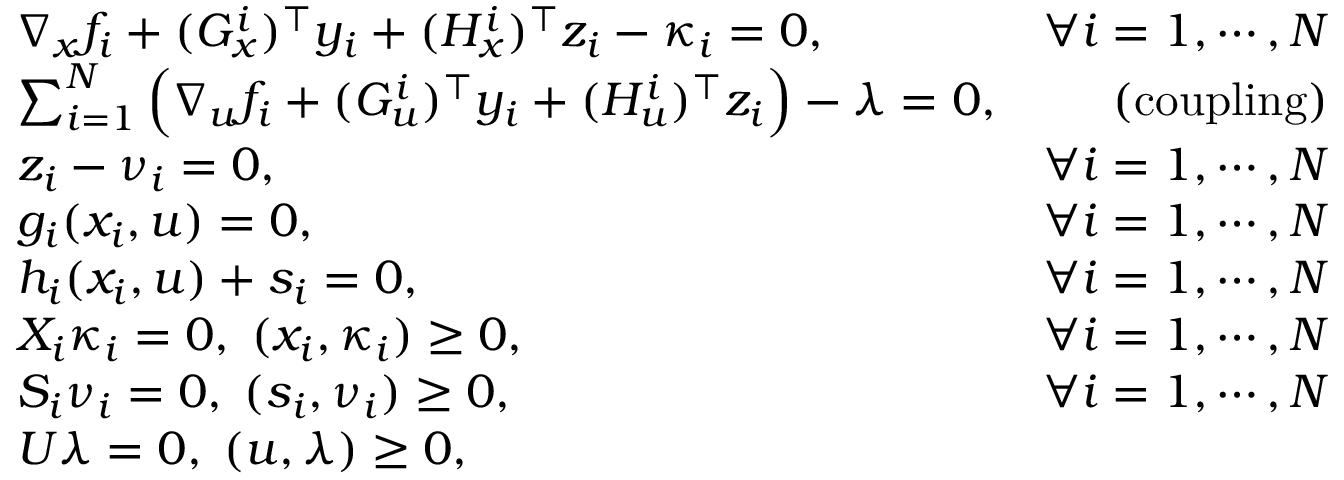
\begin{array} { r l r } & { \nabla _ { x } f _ { i } + ( G _ { x } ^ { i } ) ^ { \top } y _ { i } + ( H _ { x } ^ { i } ) ^ { \top } z _ { i } - \kappa _ { i } = 0 , } & { \forall i = 1 , \cdots , N } \\ & { \sum _ { i = 1 } ^ { N } \Big ( \nabla _ { u } f _ { i } + ( G _ { u } ^ { i } ) ^ { \top } y _ { i } + ( H _ { u } ^ { i } ) ^ { \top } z _ { i } \Big ) - \lambda = 0 , } & { \mathrm { ( c o u p l i n g ) } } \\ & { z _ { i } - \nu _ { i } = 0 , } & { \forall i = 1 , \cdots , N } \\ & { g _ { i } ( x _ { i } , u ) = 0 , } & { \forall i = 1 , \cdots , N } \\ & { h _ { i } ( x _ { i } , u ) + s _ { i } = 0 , } & { \forall i = 1 , \cdots , N } \\ & { X _ { i } \kappa _ { i } = 0 , \; ( x _ { i } , \kappa _ { i } ) \geq 0 , } & { \forall i = 1 , \cdots , N } \\ & { S _ { i } \nu _ { i } = 0 , \; ( s _ { i } , \nu _ { i } ) \geq 0 , } & { \forall i = 1 , \cdots , N } \\ & { U \lambda = 0 , \; ( u , \lambda ) \geq 0 , } \end{array}